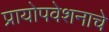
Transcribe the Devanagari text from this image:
प्रायोपवेशनाचे